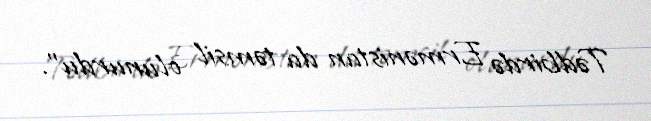
Tədbirdə Ermənistan da təmsil olunurdu”.